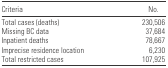
| Criteria | No. |
 | --- | --- |
 | Total cases (deaths) | 230,506 |
 | Missing BC data | 37,684 |
 | Inpatient deaths | 78,667 |
 | Imprecise residence location | 6,230 |
 | Total restricted cases | 107,925 |